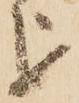
を